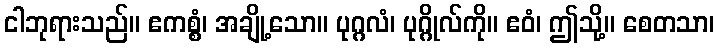
ငါဘုရားသည်။ ဧကစ္စံ၊ အချို့သော။ ပုဂ္ဂလံ၊ ပုဂ္ဂိုလ်ကို။ ဧဝံ၊ ဤသို့။ စေတသာ၊